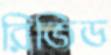
রিজিড